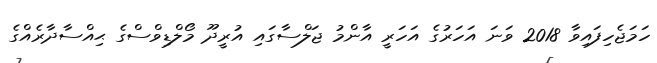
ހަމަޖެހިފައިވާ 2018 ވަނަ އަހަރުގެ އަހަރީ އާންމު ޖަލްސާގައި އުރީދޫ މޯލްޑިވްސްގެ ޙިއްސާދާރެއްގެ